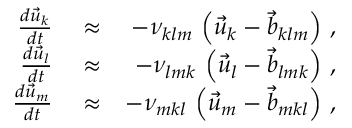
\begin{array} { r l r } { \frac { d \vec { u } _ { k } } { d t } } & { { } \approx } & { - \nu _ { k l m } \, \left( \vec { u } _ { k } - \vec { b } _ { k l m } \right) \, , } \\ { \frac { d \vec { u } _ { l } } { d t } } & { { } \approx } & { - \nu _ { l m k } \, \left( \vec { u } _ { l } - \vec { b } _ { l m k } \right) \, , } \\ { \frac { d \vec { u } _ { m } } { d t } } & { { } \approx } & { - \nu _ { m k l } \, \left( \vec { u } _ { m } - \vec { b } _ { m k l } \right) \, , } \end{array}